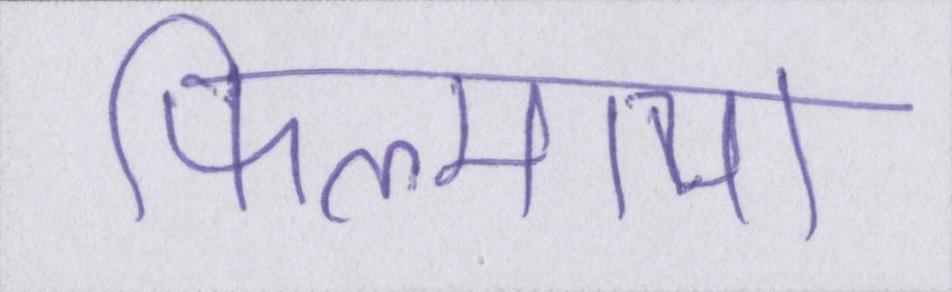
फिल्माया